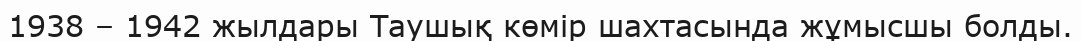
1938 – 1942 жылдары Таушық көмір шахтасында жұмысшы болды.